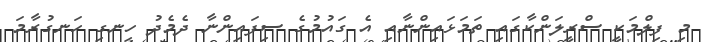
މި ފިލްމަކީ ސްރީލަންކާގައި ތަމަޅައިންނާއި އެ ގައުމުގެ ސިފައިންނާ ދެމެދު ހިނގި ހަނގުރާމަ